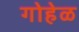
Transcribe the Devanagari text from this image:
गोहेळ